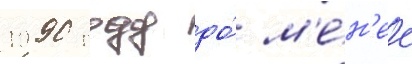
1990 году до́ м'е́н'ее